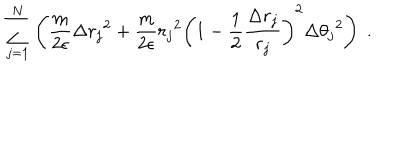
\sum _ { j = 1 } ^ { N } \left( \frac { m } { 2 \epsilon } \Delta { r _ { j } } ^ { 2 } + \frac { m } { 2 \epsilon } { r _ { j } } ^ { 2 } \left( 1 - \frac { 1 } { 2 } \frac { \Delta r _ { j } } { r _ { j } } \right) ^ { 2 } \Delta { \theta _ { j } } ^ { 2 } \right) \; .